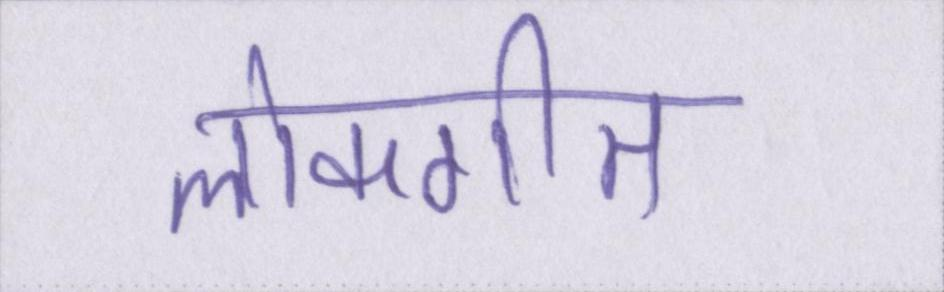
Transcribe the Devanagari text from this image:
लोकगीत